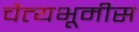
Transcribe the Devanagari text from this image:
चैत्यभूमीस